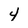
Character: 4